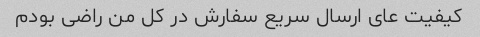
کیفیت عای ارسال سریع سفارش در کل من راضی بودم